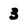
Character: 3